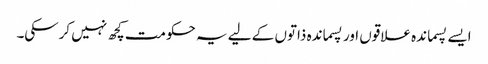
ایسے پسماندہ علاقوں اور پسماندہ ذاتوں کے لیے یہ حکومت کچھ نہیں کرسکی۔